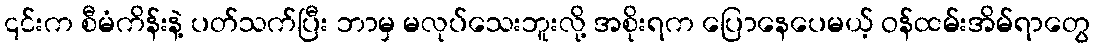
၎င်းက စီမံကိန်းနဲ့ ပတ်သက်ပြီး ဘာမှ မလုပ်သေးဘူးလို့ အစိုးရက ပြောနေပေမယ့် ဝန်ထမ်းအိမ်ရာတွေ